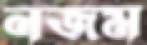
নজম